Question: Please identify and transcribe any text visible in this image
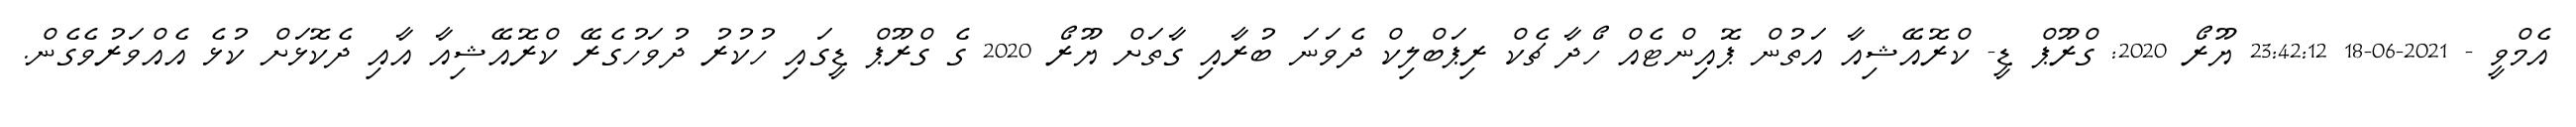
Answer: އެމްވީ - 2021-06-18 23:42:12 ޔޫރޯ 2020: ގްރޫޕް ޑީ- ކްރޮއޭޝިއާ އަތުން ޕޮއިންޓެއް ހޯދާ ޗެކް ރިޕަބްލިކް ދެވަނަ ބުރާއި ގާތަށް ޔޫރޯ 2020 ގެ ގްރޫޕް ޑީގައި ހުކުރު ދުވަހުގެރޭ ކްރޮއޭޝިއާ އާއި ދެކޮޅަށް ކުޅެ އެއްވަރުވެގެން.